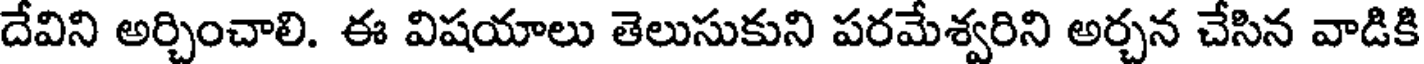
దేవిని అర్చించాలి. ఈ విషయాలు తెలుసుకుని పరమేశ్వరిని అర్చన చేసిన వాడికి